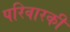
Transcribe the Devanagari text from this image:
परिवारकी